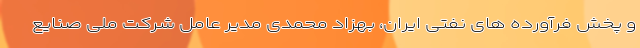
و پخش فرآورده های نفتی ایران، بهزاد محمدی مدیر عامل شرکت ملی صنایع